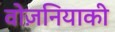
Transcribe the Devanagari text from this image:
वोज़नियाकी